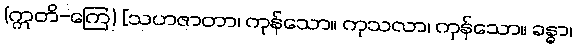
(ဣတိ-ကြေ) [သဟဇာတာ၊ ကုန်သော။ ကုသလာ၊ ကုန်သော။ ခန္ဓာ၊